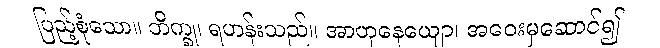
ပြည့်စုံသော။ ဘိက္ခု၊ ရဟန်းသည်။ အာဟုနေယျော၊ အဝေးမှဆောင်၍